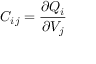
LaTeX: C _ { i j } = { \frac { \partial Q _ { i } } { \partial V _ { j } } }